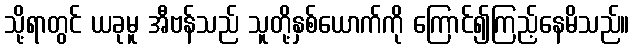
သို့ရာတွင် ယခုမူ အီဗန်သည် သူတို့နှစ်ယောက်ကို ကြောင်၍ကြည့်နေမိသည်။